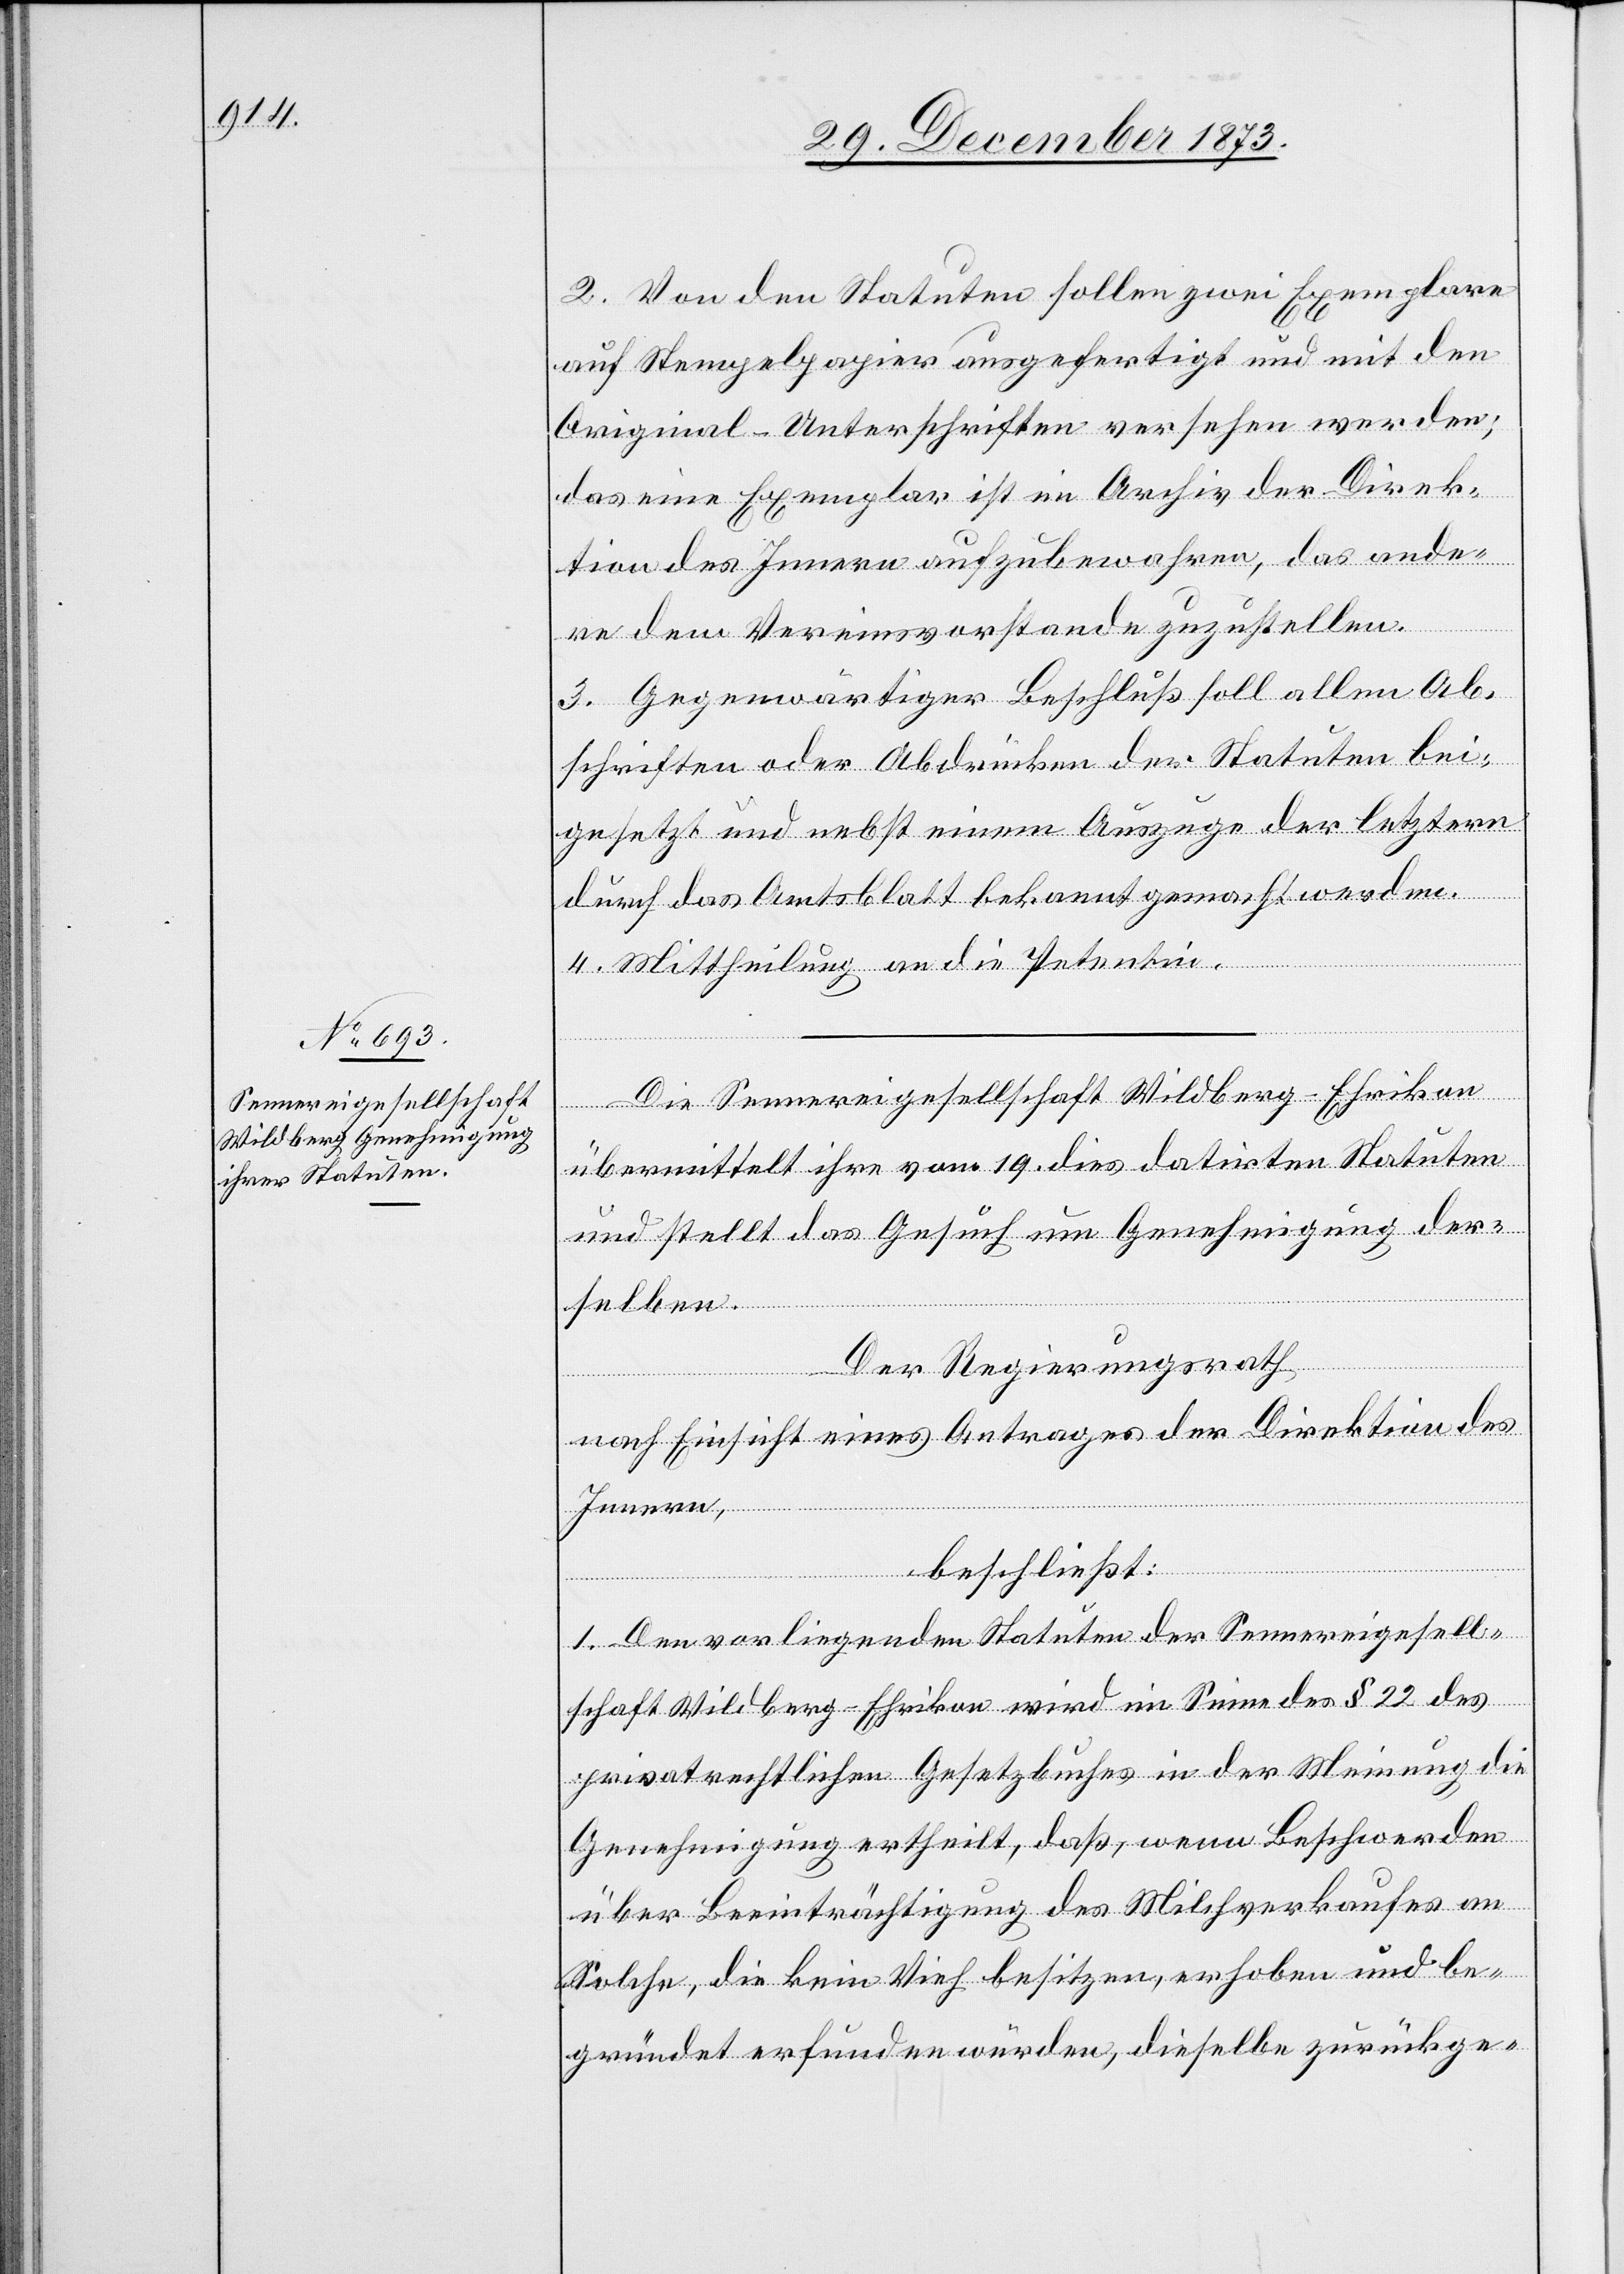
2. Von den Statuten sollen zwei Exemplare
auf Stempelpapier ausgefertigt und mit den
Original-Unterschriften versehen werden;
das eine Exemplar ist im Archiv der Direk¬
tion des Innern aufzubewahren, das ande¬
re dem Vereinsvorstande zuzustellen.
3. Gegenwärtiger Beschluß soll allen Ab¬
schriften oder Abdrücken der Statuten bei¬
gesetzt und nebst einem Auszuge der letztern
durch das Amtsblatt bekannt gemacht werden.
4. Mittheilung an die Petentin.
Die Sennereigesellschaft Wildberg-Ehrikon
übermittelt ihre vom 19. dies datirten Statuten
und stellt das Gesuch um Genehmigung der¬
selben.
Der Regierungsrath
nach Einsicht eines Antrages der Direktion des
Innern,
beschließt:
1. Den vorliegenden Statuten der Sennereigesell¬
schaft Wildberg-Ehrikon wird im Sinne des § 22 des
privatrechtlichen Gesetzbuches in der Meinung die
Genehmigung ertheilt, daß, wenn Beschwerden
über Beeinträchtigung des Milchverkaufes an
Solche, die kein Vieh besitzen, erhoben und be¬
gründet erfunden würden, dieselbe zurückge-